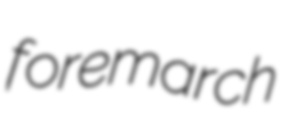
foremarch